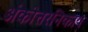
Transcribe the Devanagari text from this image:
अंकोत्तरनिकाय